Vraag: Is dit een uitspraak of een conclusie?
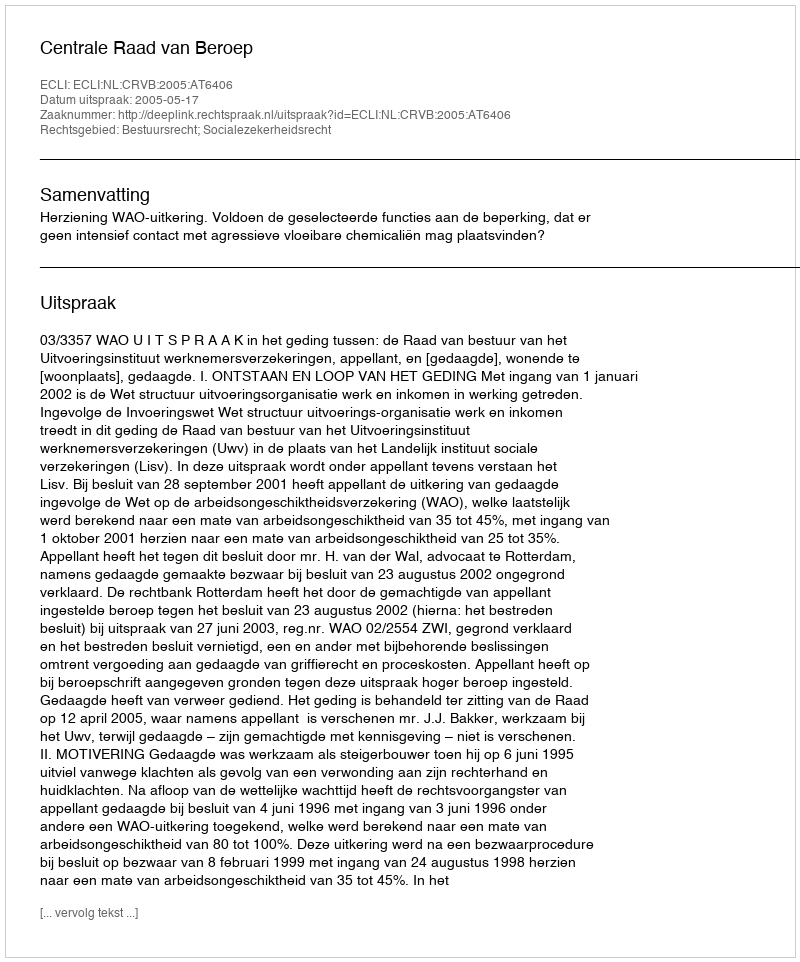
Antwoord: Uitspraak